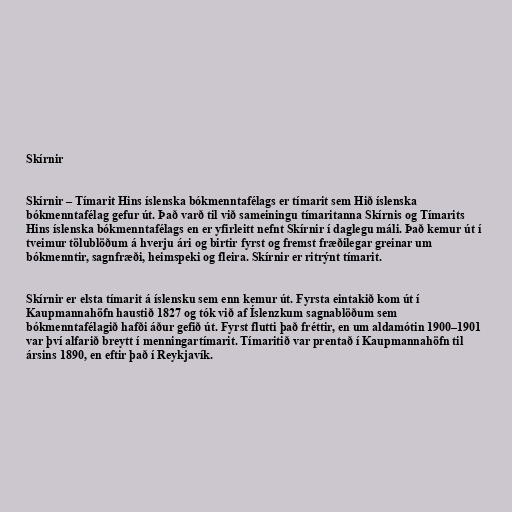
Skírnir

Skírnir – Tímarit Hins íslenska bókmenntafélags er tímarit sem Hið íslenska
bókmenntafélag gefur út. Það varð til við sameiningu tímaritanna Skírnis og Tímarits
Hins íslenska bókmenntafélags en er yfirleitt nefnt Skírnir í daglegu máli. Það kemur út í
tveimur tölublöðum á hverju ári og birtir fyrst og fremst fræðilegar greinar um
bókmenntir, sagnfræði, heimspeki og fleira. Skírnir er ritrýnt tímarit.

Skírnir er elsta tímarit á íslensku sem enn kemur út. Fyrsta eintakið kom út í
Kaupmannahöfn haustið 1827 og tók við af Íslenzkum sagnablöðum sem
bókmenntafélagið hafði áður gefið út. Fyrst flutti það fréttir, en um aldamótin 1900–1901
var því alfarið breytt í menningartímarit. Tímaritið var prentað í Kaupmannahöfn til
ársins 1890, en eftir það í Reykjavík.